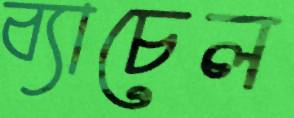
ব্যাচেল